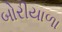
બોરીયાળા